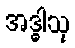
အဒ္ဓါသု